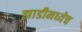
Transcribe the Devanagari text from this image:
झाडीमध्येच